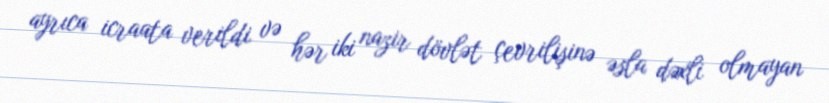
ayrıca icraata verildi və hər iki nazir dövlət çevrilişinə əsla dəxli olmayan